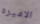
الاميره